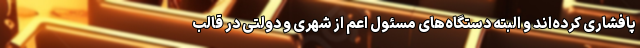
پافشاری کرده‌اند و البته دستگاه‌های مسئول اعم از شهری و دولتی در قالب